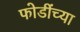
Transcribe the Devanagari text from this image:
फोडींच्या